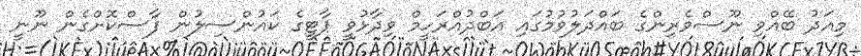
މިއަދު ބޭއްވި ނޫސްވެރިންގެ ބައްދަލުވުމުގައި އަބްދުއްރަހީމް ވިދާޅުވީ ޕާޓީގެ ކައުންސިލުން ފާސްކޮށްގެން ނޫނީ